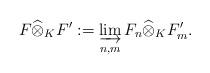
LaTeX: \begin{align*}F\widehat{\otimes}_K F':= \varinjlim_{n,m} F_n\widehat{\otimes}_K F_m'. \end{align*}